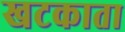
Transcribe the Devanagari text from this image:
खटकाता